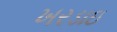
ખરડાઇ